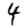
Digit: 4